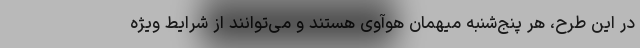
در این طرح، هر پنج‌شنبه میهمان هوآوی هستند و می‌توانند از شرایط ویژه